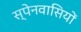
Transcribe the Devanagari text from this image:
स्‍पेनवासियों